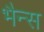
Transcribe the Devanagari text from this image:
भैन्स